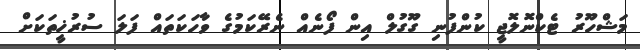
މަޝްހޫރު ޓެކްނޮލޮޖީ ކުންފުނި ގޫގުލް އިން ފޯނެއް ނެރޭކަމުގެ ވާހަކަތައް ފަލަ ސުރުޚީތަކަށް